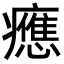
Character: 𤻮